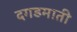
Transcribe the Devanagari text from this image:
दगडमाती